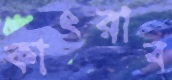
কাৎরাব